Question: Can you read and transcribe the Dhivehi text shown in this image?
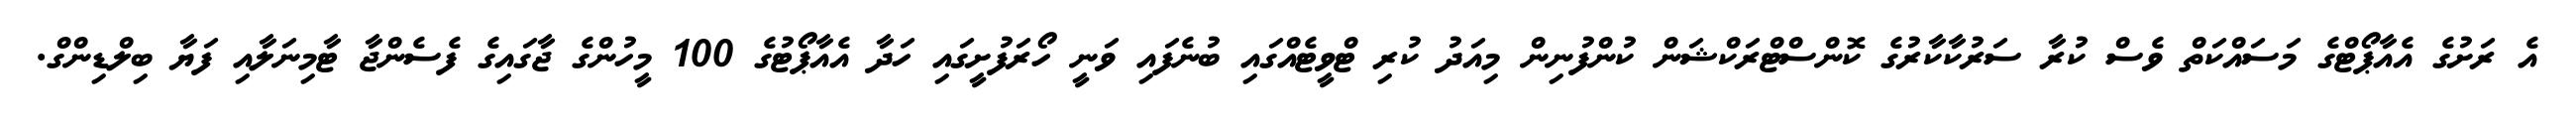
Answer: އެ ރަށުގެ އެއާޕޯޓްގެ މަސައްކަތް ވެސް ކުރާ ސަރުކާކާރުގެ ކޮންސްޓްރަކްޝަން ކުންފުނިން މިއަދު ކުރި ޓްވީޓެއްގައި ބުނެފައި ވަނީ ހޯރަފުށީގައި ހަދާ އެއާޕޯޓުގެ 100 މީހުންގެ ޖާގައިގެ ފެސެންޖާ ޓާމިނަލާއި ފަޔާ ބިލްޑިންގް.